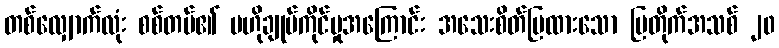
တစ်လျှောက်လုံး စစ်တပ်၏ ဗဟိုချုပ်ကိုင်မှုအကြောင်း အသေးစိတ်ပြထားသော ပြတိုက်အသစ် ၂၀